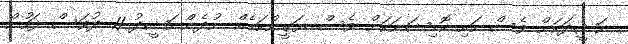
ނަޝީދަކަށް ވެސް ހައި ކޮމިޝަނަކަށް ވެސް ޔަގީންކަމެއް ނުދެންނަޝީދު 11 ދުވަސް ފަހުން